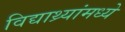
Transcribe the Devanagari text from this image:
विद्याथ्र्यांमध्ये